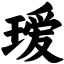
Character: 瑷